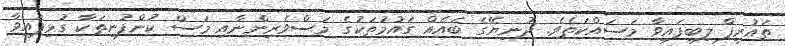
ތައުރީފް ލިބިފައިވާ މަސައްކަތެވެ. ދުނިޔޭގެ ބައެއް ގައުމުތަކުގެ މަސްވެރިންނާއި މަސް ކުންފުނިތަކާ ގުޅިފައިވާ